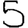
Digit: 5